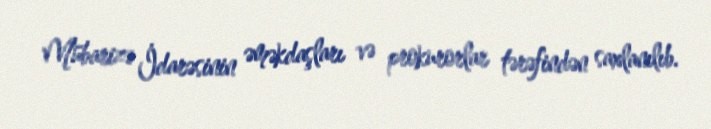
Mübarizə İdarəsinin əməkdaşları və prokurorlar tərəfindən saxlanılıb.